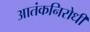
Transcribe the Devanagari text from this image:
आतंकनिरोधी